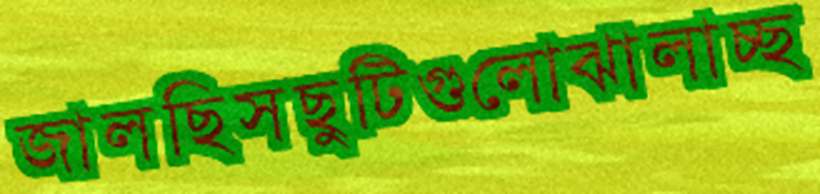
জালছিসছুটিগুলোঝালাচ্ছ